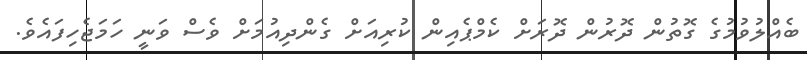
ބެއްލުވުމުގެ ގޮތުން ދޮރުން ދޮރަށް ކެމްޕެއިން ކުރިއަށް ގެންދިއުމަށް ވެސް ވަނީ ހަމަޖެހިފައެވެ.